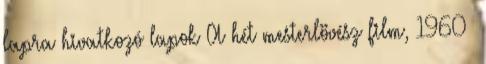
lapra hivatkozó lapok A hét mesterlövész film, 1960 ‎